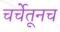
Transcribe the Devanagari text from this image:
चर्चेतूनच